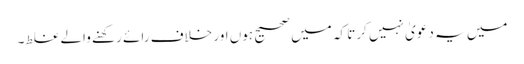
میں یہ دعویٰ نہیں کرتا کہ میں صحیح ہوں اور خلاف رائے رکھنے والے غلط۔